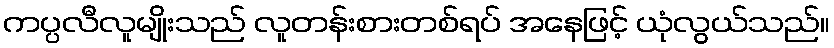
ကပ္ပလီလူမျိုးသည် လူတန်းစားတစ်ရပ် အနေဖြင့် ယုံလွယ်သည်။